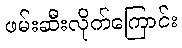
ဖမ်းဆီးလိုက်ကြောင်း